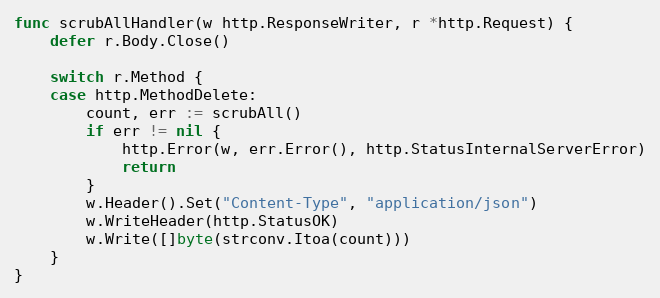
Language: Go
func scrubAllHandler(w http.ResponseWriter, r *http.Request) {
	defer r.Body.Close()

	switch r.Method {
	case http.MethodDelete:
		count, err := scrubAll()
		if err != nil {
			http.Error(w, err.Error(), http.StatusInternalServerError)
			return
		}
		w.Header().Set("Content-Type", "application/json")
		w.WriteHeader(http.StatusOK)
		w.Write([]byte(strconv.Itoa(count)))
	}
}